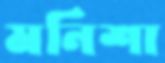
মনিশা